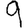
Digit: 9